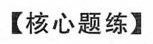
【核心题练】